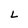
Character: L